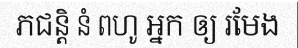
ភជន្តិ នំ ពហូ អ្នក ឲ្យ រមែង